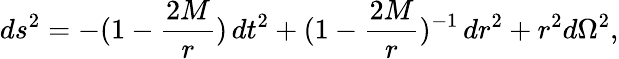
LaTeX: ds^{2}=-(1-{\frac{2M}{r}})\, dt^{2}+(1-{\frac{2M}{r}})^{-1}\, dr^{2}+r^{2}d\Omega^{2},